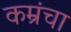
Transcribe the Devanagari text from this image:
कम्रंचा